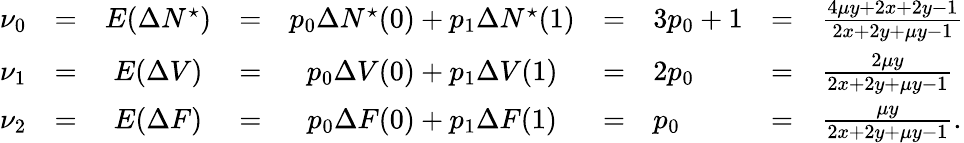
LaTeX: \begin{array}{rccccclcl}{\nu_{0}}&{=}&{E(\Delta N^{\star})}&{=}&{p_{0}\Delta N^{\star}(0)+p_{1}\Delta N^{\star}(1)}&{=}&{3p_{0}+1}&{=}&{\frac{4\mu y+2x+2y-1}{2x+2y+\mu y-1}}\\ {\nu_{1}}&{=}&{E(\Delta V)}&{=}&{p_{0}\Delta V(0)+p_{1}\Delta V(1)}&{=}&{2p_{0}}&{=}&{\frac{2\mu y}{2x+2y+\mu y-1}}\\ {\nu_{2}}&{=}&{E(\Delta F)}&{=}&{p_{0}\Delta F(0)+p_{1}\Delta F(1)}&{=}&{p_{0}}&{=}&{\frac{\mu y}{2x+2y+\mu y-1}.}\end{array}